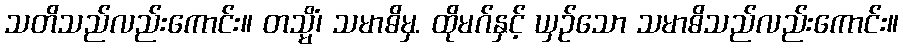
သတိသည်လည်းကောင်း။ တသ္မိံ၊ သမာဓိမှ. ထိုမဂ်နှင့် ယှဉ်သော သမာဓိသည်လည်းကောင်း။